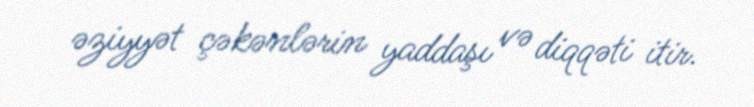
əziyyət çəkənlərin yaddaşı və diqqəti itir.